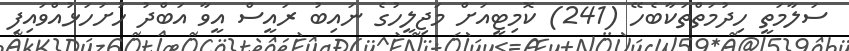
ސަލާމަތީ ހިދުމަތްތަކާބެހޭ (241) ކޮމިޓީއަށް މަޖިލީހުގެ ނައިބު ރައީސް އީވާ އަބްދު ހުށަހަޅުއްވައިފި